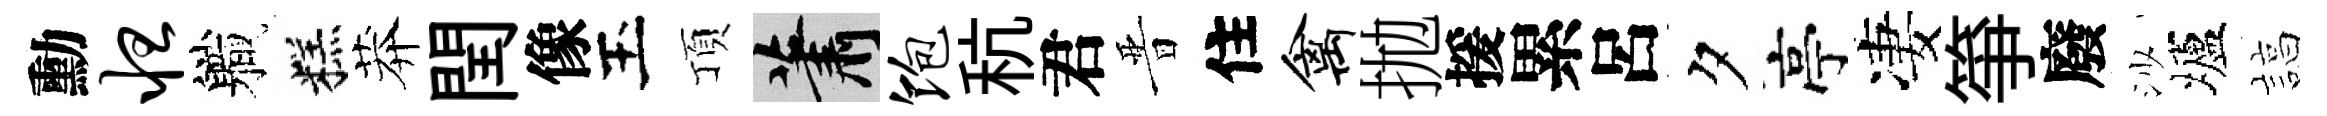
勳怛軄糕莽閏像玉頂蕭饱秔君晋住禽拋援累呂夕亭凄箏廢沙壚諄